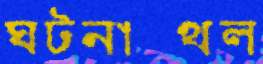
ঘটনাস্থল